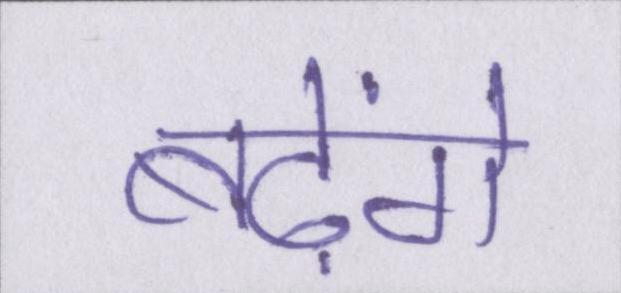
बढ़ेंगे